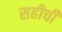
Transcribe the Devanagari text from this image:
सहीची